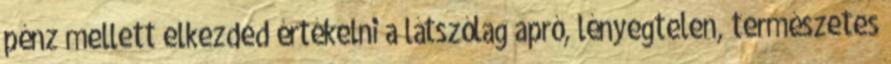
pénz mellett elkezded értékelni a látszólag apró, lényegtelen, természetes